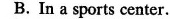
B. In a sports center.